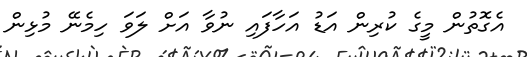
އެގޮތުން މީގެ ކުރިން އަޑު އަހާފައި ނުވާ އަށް ލަވަ ހިމެނޭ މުޅިން